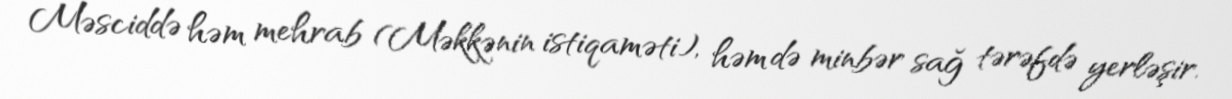
Məsciddə həm mehrab (Məkkənin istiqaməti), həm də minbər sağ tərəfdə yerləşir.